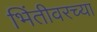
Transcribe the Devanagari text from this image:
भिंतीवरच्या